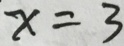
x = 3